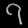
Digit: ၇